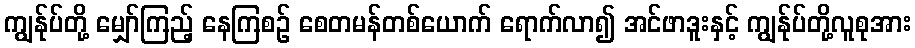
ကျွန်ုပ်တို့ မျှော်ကြည့် နေကြစဉ် စေတမန်တစ်ယောက် ရောက်လာ၍ အင်ဖာဒူးနှင့် ကျွန်ုပ်တို့လူစုအား